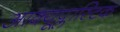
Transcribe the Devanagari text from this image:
आक्यूप्लास्टिक